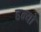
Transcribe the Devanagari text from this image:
हन्‍यो